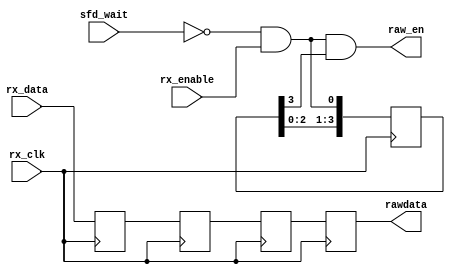
`timescale 1ns / 1ps
//////////////////////////////////////////////////////////////////////////////////
// Company: 
// Engineer: 
// 
// Design Name: 
// Module Name: ext_crc
// Project Name: 
// Target Devices: 
// Tool Versions: 
// Description: 
// 
// Dependencies: 
// 
// Revision:
// Revision 0.01 - File Created
// Additional Comments:
// 
//////////////////////////////////////////////////////////////////////////////////


module ext_crc(
input wire rx_clk,
input wire [7:0] rx_data,
input wire rx_enable,
input wire sfd_wait,

output  [7:0] rawdata,
output  raw_en

    );
    
    wire en_exp = !sfd_wait && rx_enable;
    reg [3:0] en_shift = 0;
    reg [7:0] data_shift1,data_shift2,data_shift3,data_shift4;
    reg en_rise = 0;
    always @(posedge rx_clk) begin
        en_shift <= {en_shift[2:0],en_exp};
        data_shift1 <= rx_data;data_shift2 <= data_shift1;data_shift3<=data_shift2;data_shift4 <= data_shift3;
        
        
   
    
    end
    
    assign rawdata = data_shift4;
    assign raw_en = en_exp && en_shift[3];
    
endmodule